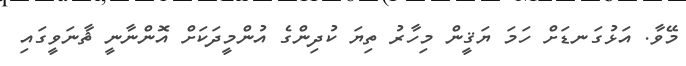
މޭވާ. އަޅުގަނޑަށް ހަމަ ޔަޤީން މިހާރު ތިޔަ ކުދިންގެ އުންމީދަކަށް އޮންނާނީ ޘާނަވީގައި